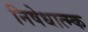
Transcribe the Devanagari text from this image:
निषेधात्म्क